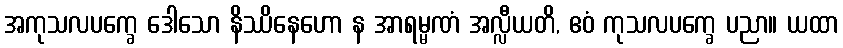
အကုသလပက္ခေ ဒေါသော နိဿိနေဟော န အာရမ္မဏံ အလ္လီယတိ, ဧဝံ ကုသလပက္ခေ ပညာ။ ယထာ